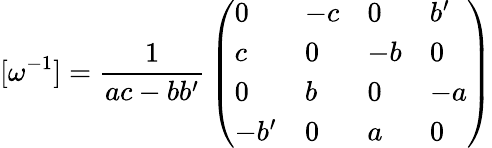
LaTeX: [{{\omega}^{-1}}]={\frac{1}{ac-b{b^{\prime}}}}\left(\begin{array}{llll}{{0}}&{{-c}}&{{0}}&{{{b^{\prime}}}}\\ {{c}}&{{0}}&{{-b}}&{{0}}\\ {{0}}&{{b}}&{{0}}&{{-a}}\\ {{-{b^{\prime}}}}&{{0}}&{{a}}&{{0}}\end{array}\right)